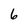
Character: 6